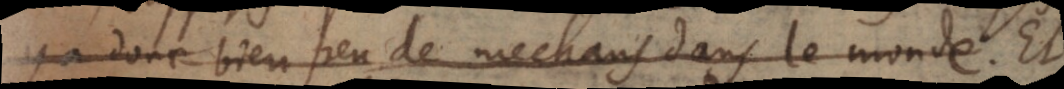
a donc bien peu de mechans dans le monde Et